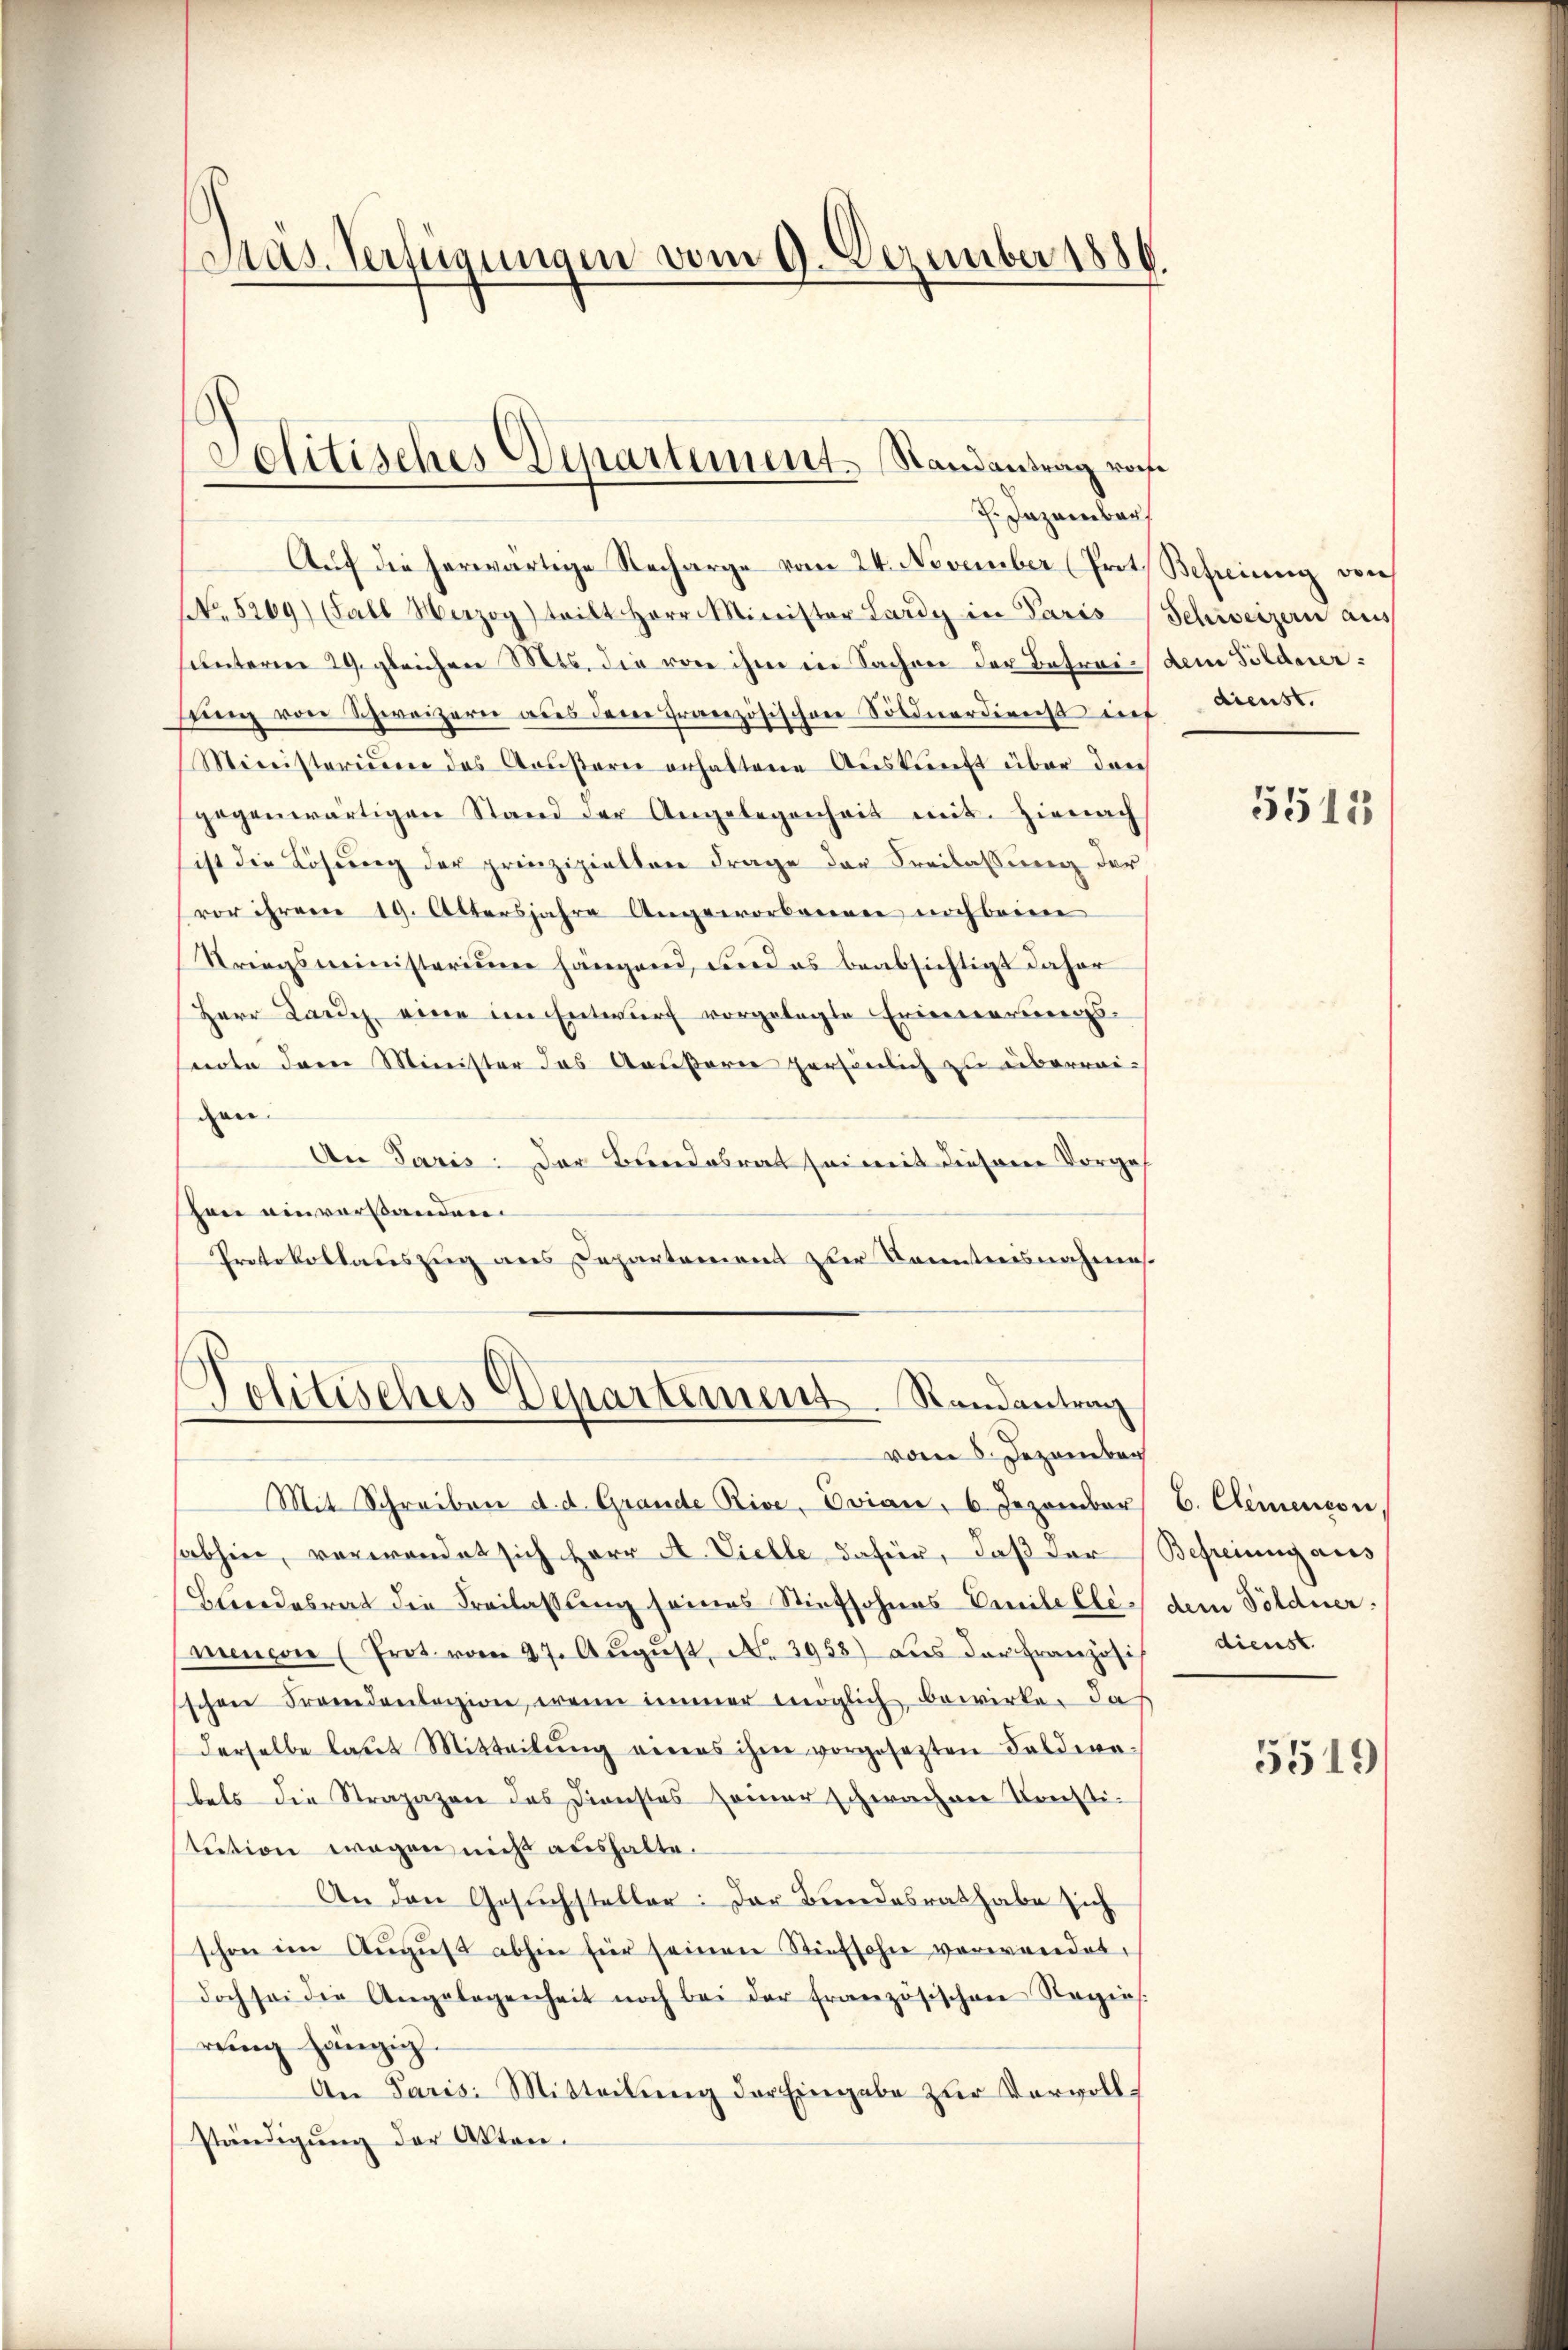
Präs. Verfügungen vom 9. Dezember 1886.

Solitisches Departement Randantrag vore

J. Dezember
Auf die herwärtige Recharge vom 24. November (Prot. Befreiung vorh
No. 5209) (Sall Herzog teilt Herr Minister Lardy in Paris Schweizern aus
hunterm 29. gleichen Mts. die von ihm in Sachen der Betrai- dem Poldererstung von Schweizern aus dem französischen Soldnerdienst inf
Ministerium des Aeußern anhaltene Auskunft über den
gegenwärtigen Stand der Angelegenheit mit. Hienach
ist die Lösung der prinzipiellen Frage der Freilassung der
(vor ihrem 19. Altersjahre Angeworbenen noch beim
Kriegsministerium hängend, und es beabsichtigt daher
Herr Lang eine im Entwurf vorgelegte Erinnerungsnote dem Minister das Aeußere persönlich zu überreiden
An Paris. Der Bundesrat sei mit diesem Vorges
hon einverstanden.
Protokollauszug aus Departement zur Kenntnisnahmes.

Mit Schreiben d. d. Grande Rive, Evian, 6. Jezember
sabhin, verwendet sich Herr A. Vielle dafür, daß der
Beeindesrat die Freilassung seines Stiefsohnes Emile Ele-
menion (Prot. vom 27. Aŭgŭst No. 3958) aus der Französi
schen Fremdenlazion, wenn immer möglich, bewirke. Da
derselbe laut Mitteilŭng eines ihm vorgesezten Feldern-
bets die Strapazen des Dienstes seiner schwachen Konsti-
tution wegen nicht aushalte.
An den Gesuchsteller: Der Bundesrat habe sich
schon im Aŭgŭst abhin für seinen Stiefsohn verwendet,
doch sei die Angelegenheit noch bei der Französischen Regie
rung hängig.
An Paris Mitteilung der Eingabe zur Vervollständigung der Akten.

Politisches Departement. Randantrag
vom 8. Dezember

dienst.

5513

b. Clementon
Befreiung aus
dem Söldner.
dienst.

5519